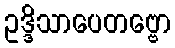
ဥဒ္ဒိသာပေတဗ္ဗော